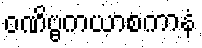
ဝဏိဗ္ဗကယာစကာနံ